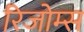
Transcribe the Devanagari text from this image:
रिजोम्‍स